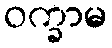
ဝက္ခာမ